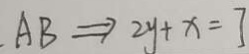
A B \Rightarrow 2 y + x = ]